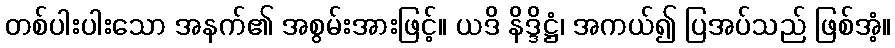
တစ်ပါးပါးသော အနက်၏ အစွမ်းအားဖြင့်။ ယဒိ နိဒ္ဒိဋ္ဌံ၊ အကယ်၍ ပြအပ်သည် ဖြစ်အံ့။